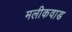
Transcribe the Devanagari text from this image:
मलीकवाड